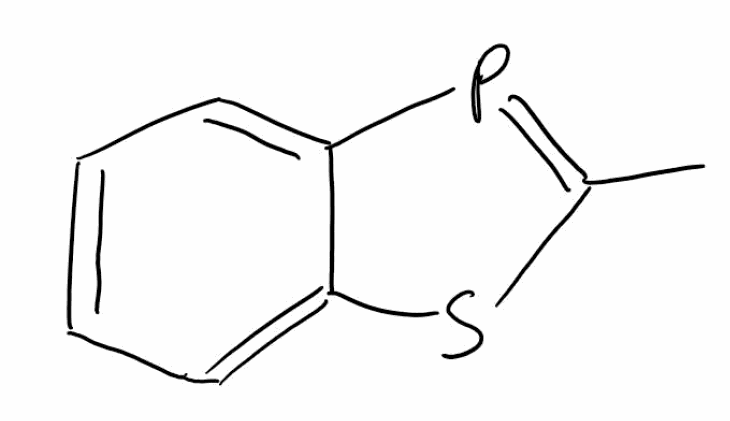
Simplified molecular-input line-entry system (SMILES) notation of the given molecule:
CC1=PC2=CC=CC=C2S1